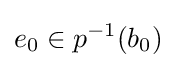
e_{0}\in p^{-1}(b_{0})